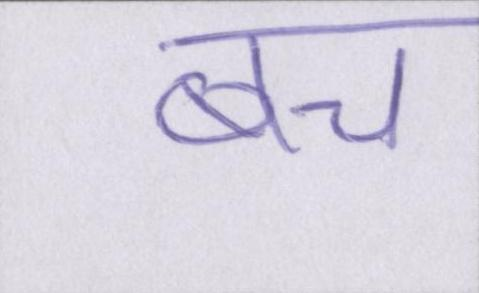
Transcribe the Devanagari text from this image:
बच